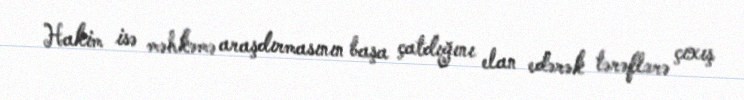
Hakim isə məhkəmə araşdırmasının başa çatdığını elan edərək tərəflərə çıxış